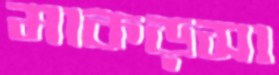
মাকড়সা